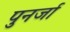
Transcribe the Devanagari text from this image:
पुनर्जा